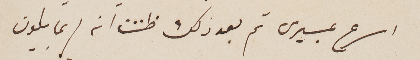
اسرع بمسيرى ثم بعد ذلك ظننت أنه لربما يكون